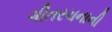
ગીતરચનાની